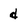
Character: d